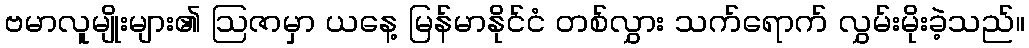
ဗမာလူမျိုးများ၏ ဩဇာမှာ ယနေ့ မြန်မာနိုင်ငံ တစ်လွှား သက်ရောက် လွှမ်းမိုးခဲ့သည်။